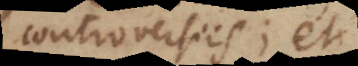
controversiis; et